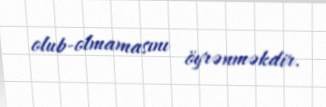
olub-olmamasını öyrənməkdir.